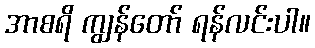
အာစရိ ကျွန်တော် ရန်လင်းပါ။